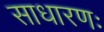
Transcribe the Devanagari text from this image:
साधारणः